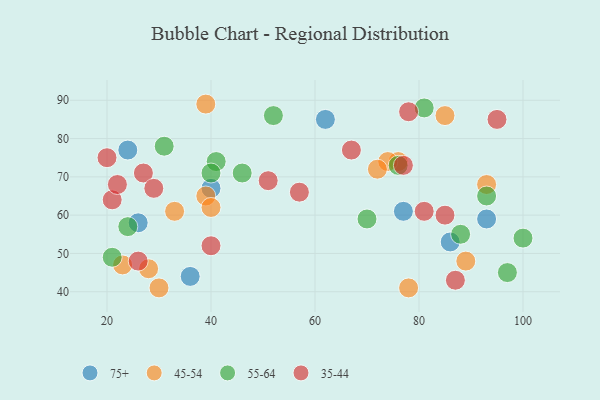
{"axis": {"x": "GDP", "y": "Life Expectancy"}, "legend": ["35-44", "45-54", "55-64", "75+"], "data": [{"x": "77", "y": 61, "type": "75+"}, {"x": "40", "y": 67, "type": "75+"}, {"x": "62", "y": 85, "type": "75+"}, {"x": "26", "y": 58, "type": "75+"}, {"x": "86", "y": 53, "type": "75+"}, {"x": "93", "y": 59, "type": "75+"}, {"x": "24", "y": 77, "type": "75+"}, {"x": "36", "y": 44, "type": "75+"}, {"x": "89", "y": 48, "type": "45-54"}, {"x": "39", "y": 89, "type": "45-54"}, {"x": "76", "y": 74, "type": "45-54"}, {"x": "74", "y": 74, "type": "45-54"}, {"x": "85", "y": 86, "type": "45-54"}, {"x": "72", "y": 72, "type": "45-54"}, {"x": "93", "y": 68, "type": "45-54"}, {"x": "28", "y": 46, "type": "45-54"}, {"x": "33", "y": 61, "type": "45-54"}, {"x": "39", "y": 65, "type": "45-54"}, {"x": "23", "y": 47, "type": "45-54"}, {"x": "30", "y": 41, "type": "45-54"}, {"x": "78", "y": 41, "type": "45-54"}, {"x": "40", "y": 62, "type": "45-54"}, {"x": "100", "y": 54, "type": "55-64"}, {"x": "41", "y": 74, "type": "55-64"}, {"x": "46", "y": 71, "type": "55-64"}, {"x": "76", "y": 73, "type": "55-64"}, {"x": "31", "y": 78, "type": "55-64"}, {"x": "88", "y": 55, "type": "55-64"}, {"x": "52", "y": 86, "type": "55-64"}, {"x": "93", "y": 65, "type": "55-64"}, {"x": "70", "y": 59, "type": "55-64"}, {"x": "21", "y": 49, "type": "55-64"}, {"x": "81", "y": 88, "type": "55-64"}, {"x": "40", "y": 71, "type": "55-64"}, {"x": "97", "y": 45, "type": "55-64"}, {"x": "24", "y": 57, "type": "55-64"}, {"x": "51", "y": 69, "type": "35-44"}, {"x": "87", "y": 43, "type": "35-44"}, {"x": "85", "y": 60, "type": "35-44"}, {"x": "27", "y": 71, "type": "35-44"}, {"x": "78", "y": 87, "type": "35-44"}, {"x": "40", "y": 52, "type": "35-44"}, {"x": "95", "y": 85, "type": "35-44"}, {"x": "29", "y": 67, "type": "35-44"}, {"x": "77", "y": 73, "type": "35-44"}, {"x": "21", "y": 64, "type": "35-44"}, {"x": "57", "y": 66, "type": "35-44"}, {"x": "22", "y": 68, "type": "35-44"}, {"x": "20", "y": 75, "type": "35-44"}, {"x": "26", "y": 48, "type": "35-44"}, {"x": "67", "y": 77, "type": "35-44"}, {"x": "81", "y": 61, "type": "35-44"}]}